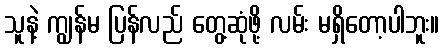
သူနဲ့ ကျွန်မ ပြန်လည် တွေ့ဆုံဖို့ လမ်း မရှိတော့ပါဘူး။